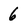
Character: 6